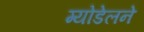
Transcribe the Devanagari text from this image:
ग्योडेलने